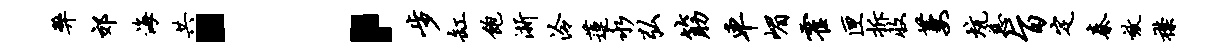
弊郊海共：步缸饱浙泠莲永弘筋车嵋霍匣拆收萋炕慈旨定秦效襟